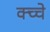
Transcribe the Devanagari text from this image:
क्च्चे